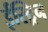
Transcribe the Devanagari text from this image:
ईस्ट्रिन